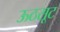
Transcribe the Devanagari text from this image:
ऊठसूट